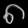
Digit: ၈